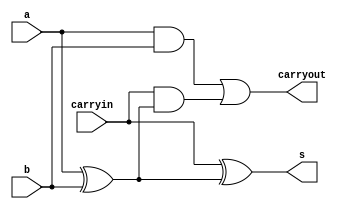
//Mdulo para Soma Completa (Full Adder) - Eduardo Botelho de Andrade

module fa (output s, output carryout, input a, input b, input carryin);

and and1 (w1,a,b);
xor xor1 (w2,a,b);
and and2 (w3,carryin,w2);
xor xor2 (s,carryin,w2);
or or1 (carryout,w1,w3);

endmodule